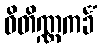
ဝိတိဏ္ဏကင်္ခံ